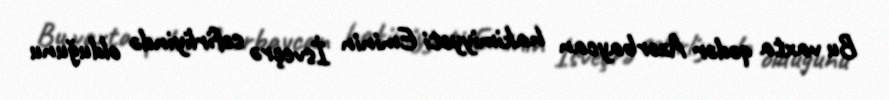
Bu vaxta qədər Azərbaycan hakimiyyəti Eminin İsveçrə səfirliyində olduğunu